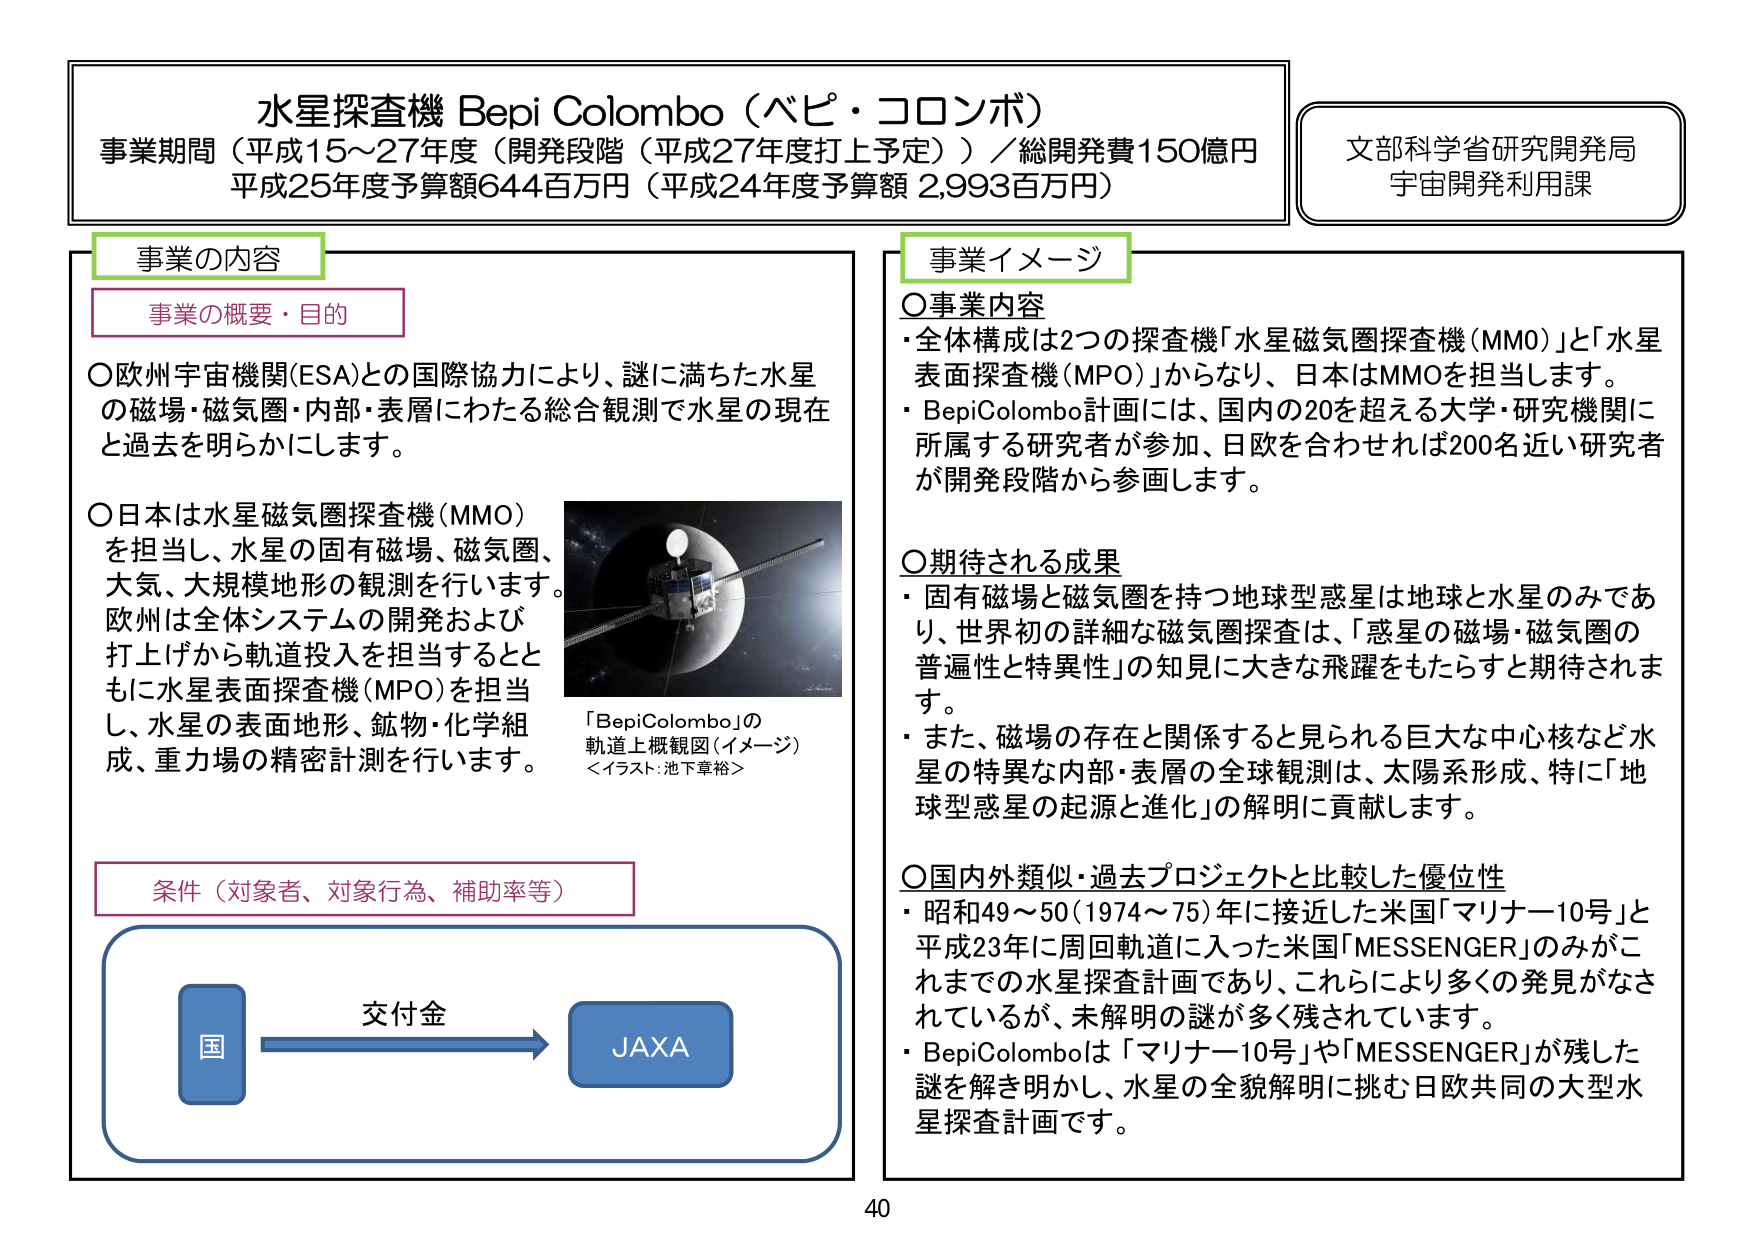
水星探査機 Bepi Colombo（ベピ・コロンボ）
事業期間（平成15～27年度（開発段階（平成27年度打上予定））／総開発費150億円
平成25年度予算額644百万円（平成24年度予算額 2,993百万円）

文部科学省研究開発局
宇宙開発利用課

事業の内容
事業の概要・目的
○欧州宇宙機関(ESA)との国際協力により、謎に満ちた水星の磁場・磁気圏・内部・表層にわたる総合観測で水星の現在と過去を明らかにします。
○日本は水星磁気圏探査機(MMO)を担当し、水星の固有磁場、磁気圏、大気、大規模地形の観測を行います。欧州は全体システムの開発および打上げから軌道投入を担当するとともに水星表面探査機(MPO)を担当し、水星の表面地形、鉱物・化学組成、重力場の精密計測を行います。

「BepiColombo」の軌道上概観図（イメージ）
＜イラスト：池下章裕＞

条件（対象者、対象行為、補助率等）
国 → 交付金 → JAXA

事業イメージ
○事業内容
・全体構成は2つの探査機「水星磁気圏探査機(MMO)」と「水星表面探査機(MPO)」からなり、日本はMMOを担当します。
・BepiColombo計画には、国内の20を超える大学・研究機関に所属する研究者が参加、日欧を合わせれば200名近い研究者が開発段階から参画します。

○期待される成果
・固有磁場と磁気圏を持つ地球型惑星は地球と水星のみであり、世界初の詳細な磁気圏探査は、「惑星の磁場・磁気圏の普遍性と特異性」の知見に大きな飛躍をもたらすと期待されます。
・また、磁場の存在と関係すると見られる巨大な中心核など水星の特異な内部・表層の全球観測は、太陽系形成、特に「地球型惑星の起源と進化」の解明に貢献します。

○国内外類似・過去プロジェクトと比較した優位性
・昭和49～50（1974～75）年に接近した米国「マリナー10号」と平成23年に周回軌道に入った米国「MESSENGER」のみがこれまでの水星探査計画であり、これらにより多くの発見がなされているが、未解明の謎が多く残されています。
・BepiColomboは「マリナー10号」や「MESSENGER」が残した謎を解き明かし、水星の全貌解明に挑む日欧共同の大型水星探査計画です。

40